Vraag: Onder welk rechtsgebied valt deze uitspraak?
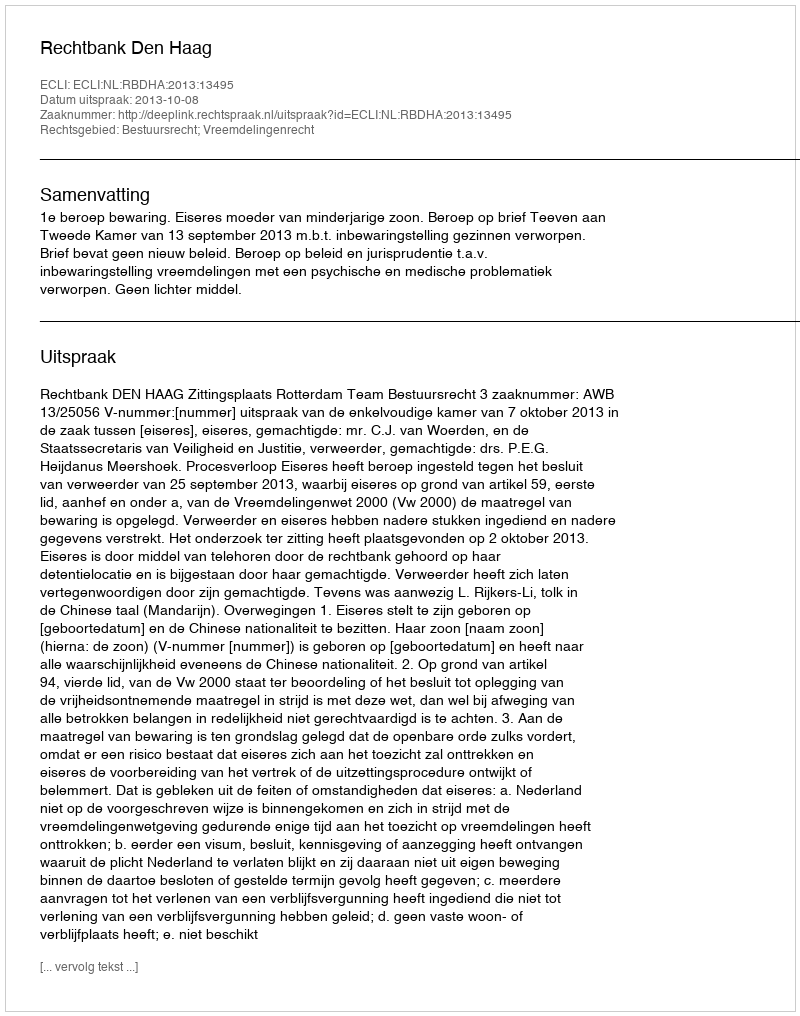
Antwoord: Bestuursrecht; Vreemdelingenrecht